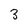
Character: 3